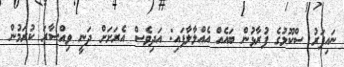
ނައިފަރު ސްކޫލުގެ ފުރާޅުން ބައެއް އެއްލާލާފައި: އަދިވެސް އެރަށަށް ދަނީ ވިއްސާރަ ކުރަމުން